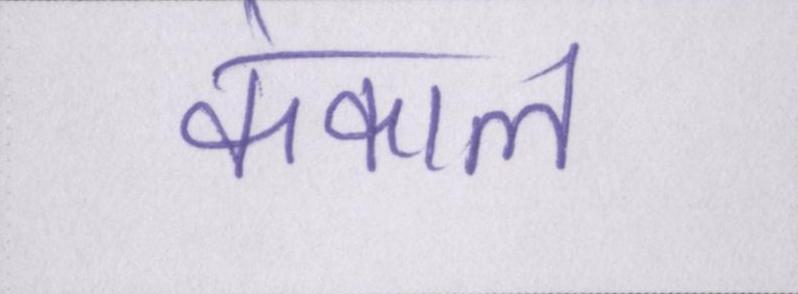
कंकाल